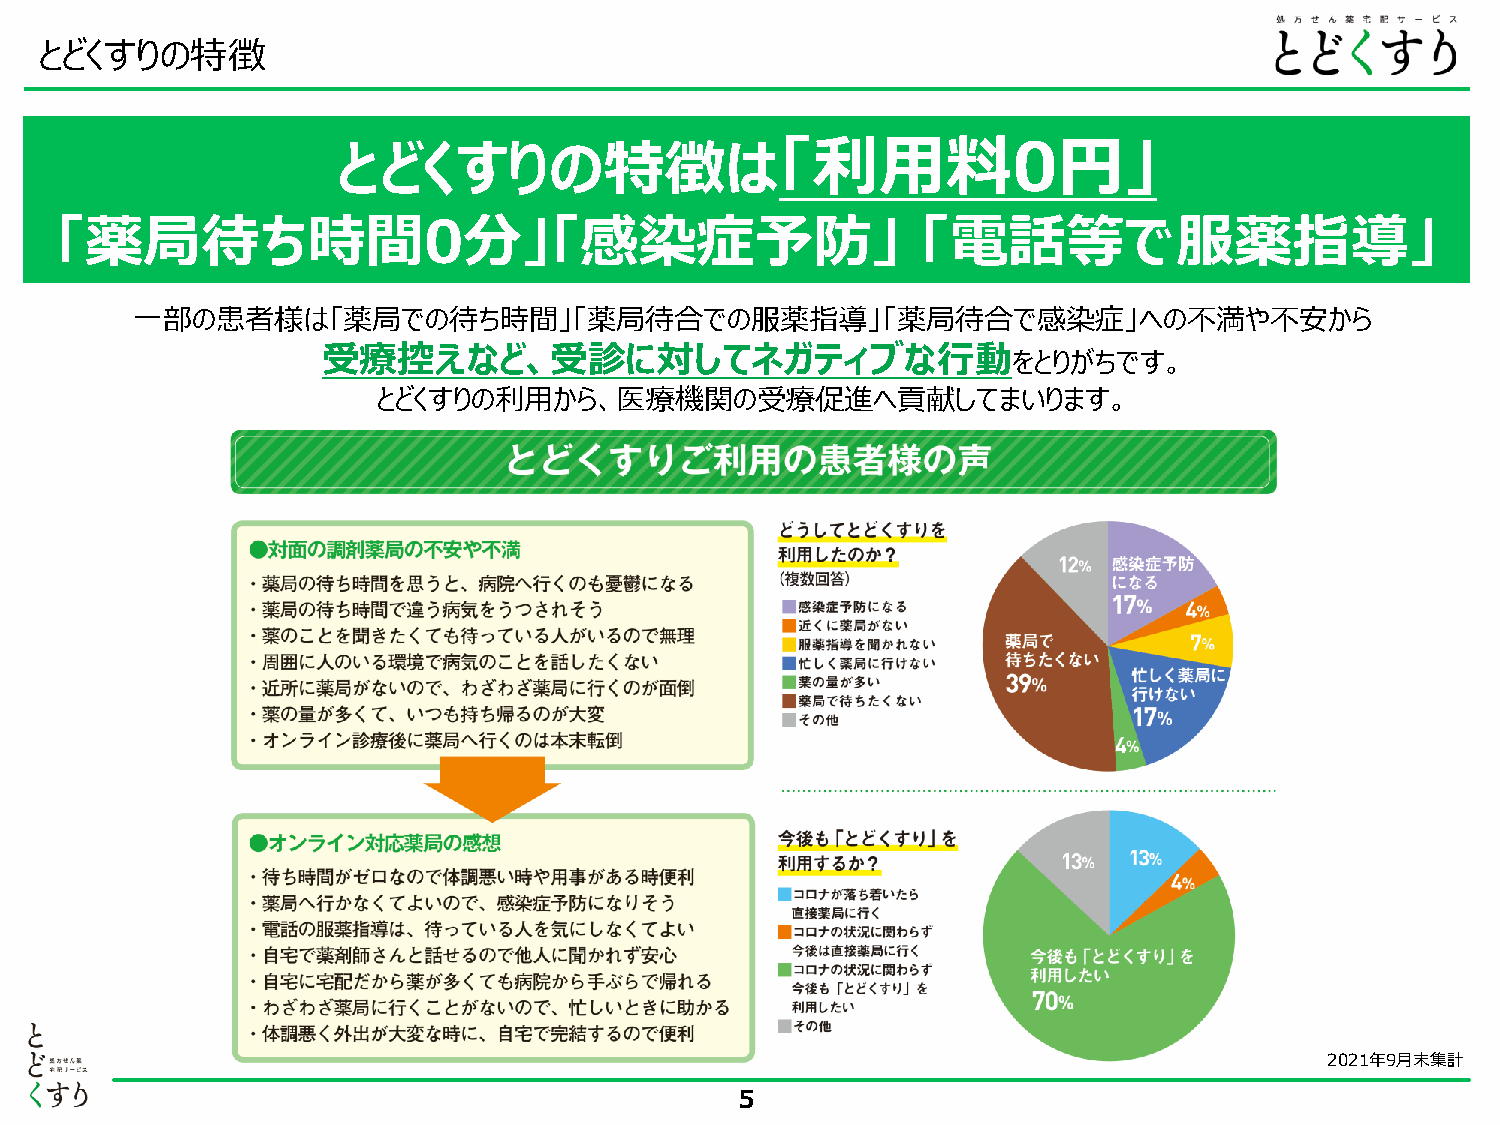
とどくすりの特徴
 とどくすりの特徴は「利用料0円」
 「薬局待ち時間0分」「感染症予防」                                        「電話等で服薬指導」
 一部の患者様は「薬局での待ち時間」「薬局待合での服薬指導」「薬局待合で感染症」への不満や不安から
 受療控えなど、受診に対してネガティブな行動
 をとりがちです。
 とどくすりの利用から、医療機関の受療促進へ貢献してまいります。
 2021年9月末集計
 5